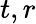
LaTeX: t,r